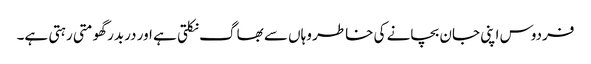
فردوس اپنی جان بچانے کی خاطر وہاں سے بھاگ نکلتی ہے اور دربدر گھومتی رہتی ہے۔